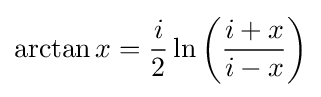
\arctan x={\frac {i}{2}}\ln \left({\frac {i+x}{i-x}}\right)